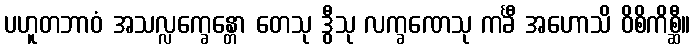
ပဟူတဘာဝံ အသလ္လက္ခေန္တော တေသု ဒွီသု လက္ခဏေသု ကင်္ခီ အဟောသိ ဝိစိကိစ္ဆီ။